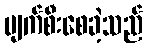
ပျက်စီးစေခဲ့သည်